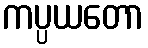
ကပ္ပယတော